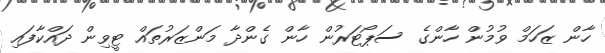
ހާން ޒަހަމް ވުމުން ހާންގެ ސަޕޯޓަރުން ހާން ގެންދާ މަންޒަރުތައް ޓީވިން ދައްކާފައި